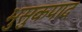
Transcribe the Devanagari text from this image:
भुसुकपाद